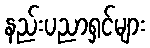
နည်းပညာရှင်များ